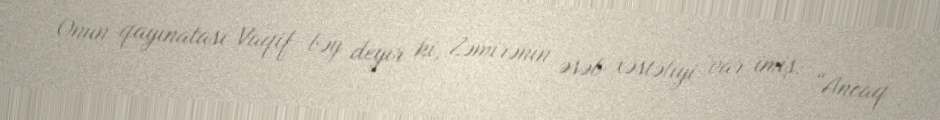
Onun qayınatası Vaqif bəy deyir ki, Zəmirənin əsəb xəstəliyi var imiş: “Ancaq